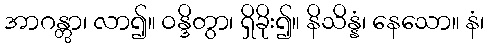
အာဂန္တွာ၊ လာ၍။ ဝန္ဒိတွာ၊ ရှိခိုး၍။ နိသိန္နံ၊ နေသော။ နံ၊